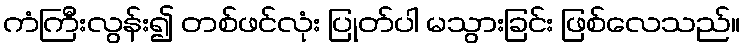
ကံကြီးလွန်း၍ တစ်ဖင်လုံး ပြုတ်ပါ မသွားခြင်း ဖြစ်လေသည်။